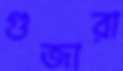
গুজারা